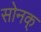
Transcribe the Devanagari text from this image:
सोनक्